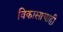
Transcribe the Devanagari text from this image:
विकासाचाही